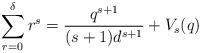
LaTeX: \begin{align*} \sum_{r=0}^{\delta} r^s=\frac{q^{s+1} }{(s+1)d^{s+1}}+V_s(q)\end{align*}